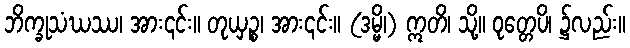
ဘိက္ခုသံဃဿ၊ အား၎င်း။ တုယှဉ္စ၊ အား၎င်း။ (ဒမ္မိ၊) ဣတိ၊ သို့။ ဝုတ္တေပိ၊ ၌လည်း။